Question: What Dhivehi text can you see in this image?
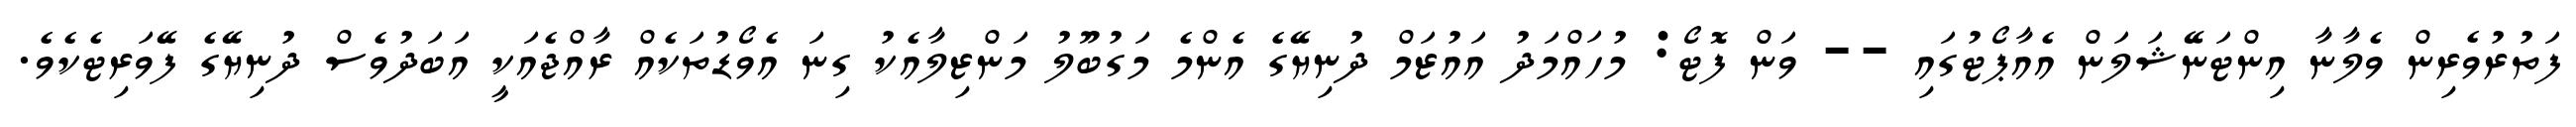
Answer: ފަތުރުވެރިން ވެލާނާ އިންޓަނޭޝަލަން އެއާޕޯޓުގައި -- ވަން ފޮޓޯ: މުހައްމަދު އައުޒަމް ދުނިޔޭގެ އެންމެ މަގުބޫލު މަންޒިލާއެކު ގިނަ އެވޯޑުތަކެއް ރާއްޖެއަކީ އަބަދުވެސް ދުނިޔޭގެ ފޭވަރިޓެކެވެ.